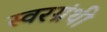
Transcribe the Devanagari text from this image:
स्वरग्रंथी